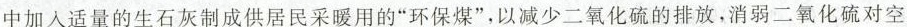
中加入适量的生石灰制成供居民采暖用的”环保煤”，以减少二氧化硫的排放，消弱二氧化硫对空